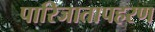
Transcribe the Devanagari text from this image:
पारिजातापहरण